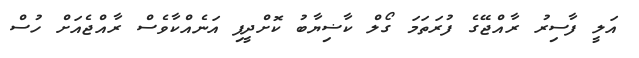
އަލީ ފާސިރު ރާއްޖޭގެ ފުރަތަމަ ގޯލް ކާޟިޔާބު ކޮށްދީފި އަނެއްކާވެސް ރާއްޖެއަށް ހުސް